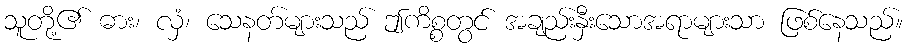
သူတို့၏ ဓား၊ လှံ၊ သေနတ်များသည် ဤကိစ္စတွင် အချည်းနှီးသောအရာများသာ ဖြစ်နေသည်။